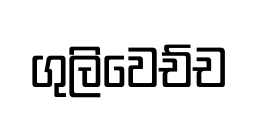
ගුලිවෙච්ච